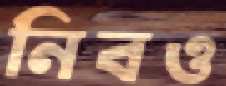
নিবও